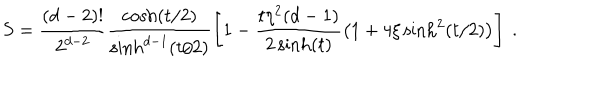
S = \frac { ( d - 2 ) ! } { 2 ^ { d - 2 } } \frac { \cosh ( t / 2 ) } { \sinh ^ { d - 1 } ( t / 2 ) } \left[ 1 - \frac { t \eta ^ { 2 } ( d - 1 ) } { 2 \sinh ( t ) } \left( 1 + 4 \xi \sinh ^ { 2 } ( t / 2 ) \right) \right] \ .